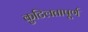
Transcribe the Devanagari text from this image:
कुटिलतापूर्ण